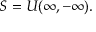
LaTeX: S = U ( \infty , - \infty ) .